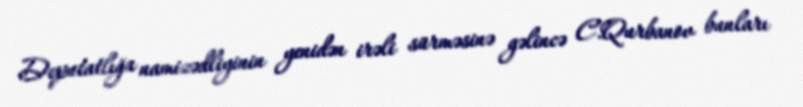
Deputatlığa namizədliyinin yenidən irəli sürməsinə gəlincə C.Qurbanov bunları